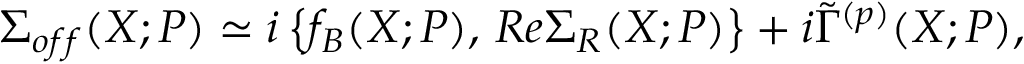
\Sigma _ { o f f } ( X ; P ) \simeq i \left\{ f _ { B } ( X ; P ) , \, R e \Sigma _ { R } ( X ; P ) \right\} + i \tilde { \Gamma } ^ { ( p ) } ( X ; P ) ,